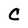
Character: C